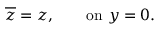
\overline { { z } } = z , \qquad \mathrm { o n } ~ y = 0 .